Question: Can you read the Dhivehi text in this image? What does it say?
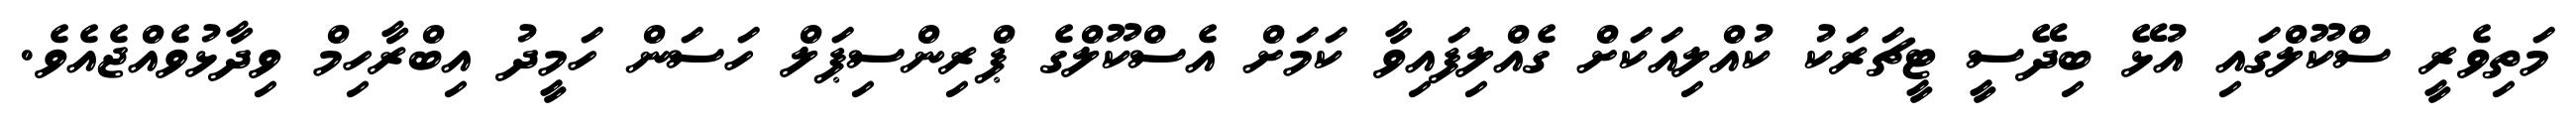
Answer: މަތިވެރީ ސްކޫލްގައި އުޅޭ ބިދޭސީ ޓީޗަރަކު ކުއްލިއަކަށް ގެއްލިފައިވާ ކަމަށް އެސްކޫލްގެ ޕްރިންސިޕަލް ހަސަން ހަމީދު އިބްރާހިމް ވިދާޅުވެއްޖެއެވެ.